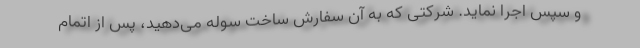
و سپس اجرا نماید. شرکتی که به آن سفارش ساخت سوله می‌دهید، پس از اتمام